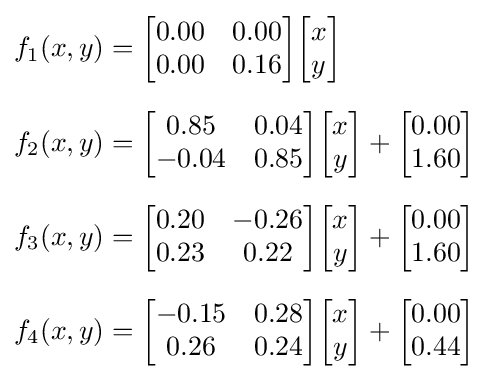
{\begin{aligned}f_{1}(x,y)&={\begin{bmatrix}0.00&0.00\\0.00&0.16\end{bmatrix}}{\begin{bmatrix}x\\y\end{bmatrix}}\\[6px]f_{2}(x,y)&={\begin{bmatrix}0.85&0.04\\-0.04&0.85\end{bmatrix}}{\begin{bmatrix}x\\y\end{bmatrix}}+{\begin{bmatrix}0.00\\1.60\end{bmatrix}}\\[6px]f_{3}(x,y)&={\begin{bmatrix}0.20&-0.26\\0.23&0.22\end{bmatrix}}{\begin{bmatrix}x\\y\end{bmatrix}}+{\begin{bmatrix}0.00\\1.60\end{bmatrix}}\\[6px]f_{4}(x,y)&={\begin{bmatrix}-0.15&0.28\\0.26&0.24\end{bmatrix}}{\begin{bmatrix}x\\y\end{bmatrix}}+{\begin{bmatrix}0.00\\0.44\end{bmatrix}}\end{aligned}}